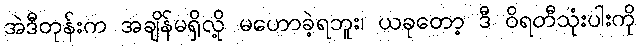
အဲဒီတုန်းက အချိန်မရှိလို့ မဟောခဲ့ရဘူး၊ ယခုတော့ ဒီ ဝိရတီသုံးပါးကို